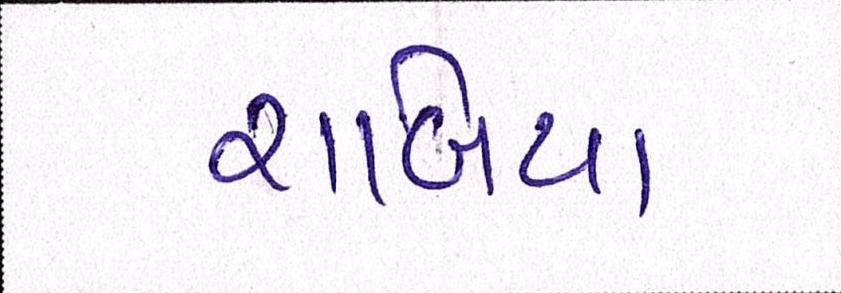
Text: રાબિયા